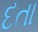
દતા